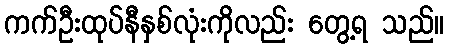
ကက်ဦးထုပ်နီနှစ်လုံးကိုလည်း တွေ့ရ သည်။